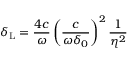
\delta _ { \mathrm { L } } = \frac { 4 c } { \omega } \left( \frac { c } { \omega \delta _ { 0 } } \right) ^ { 2 } \frac { 1 } { \eta ^ { 2 } }